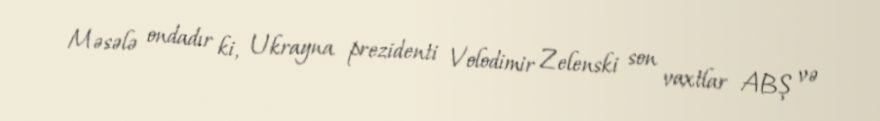
Məsələ ondadır ki, Ukrayna prezidenti Volodimir Zelenski son vaxtlar ABŞ və